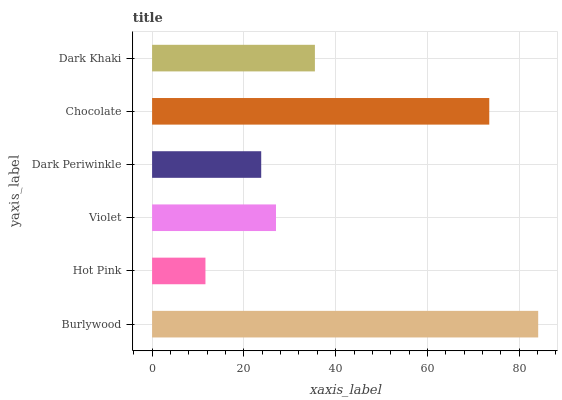
| yaxis_label | bars |
 | --- | --- |
 | Burlywood | 84.1 |
 | Hot Pink | 11.6 |
 | Violet | 27 |
 | Dark Periwinkle | 23.8 |
 | Chocolate | 73.5 |
 | Dark Khaki | 35.5 |